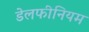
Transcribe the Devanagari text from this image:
डेलफीनियम